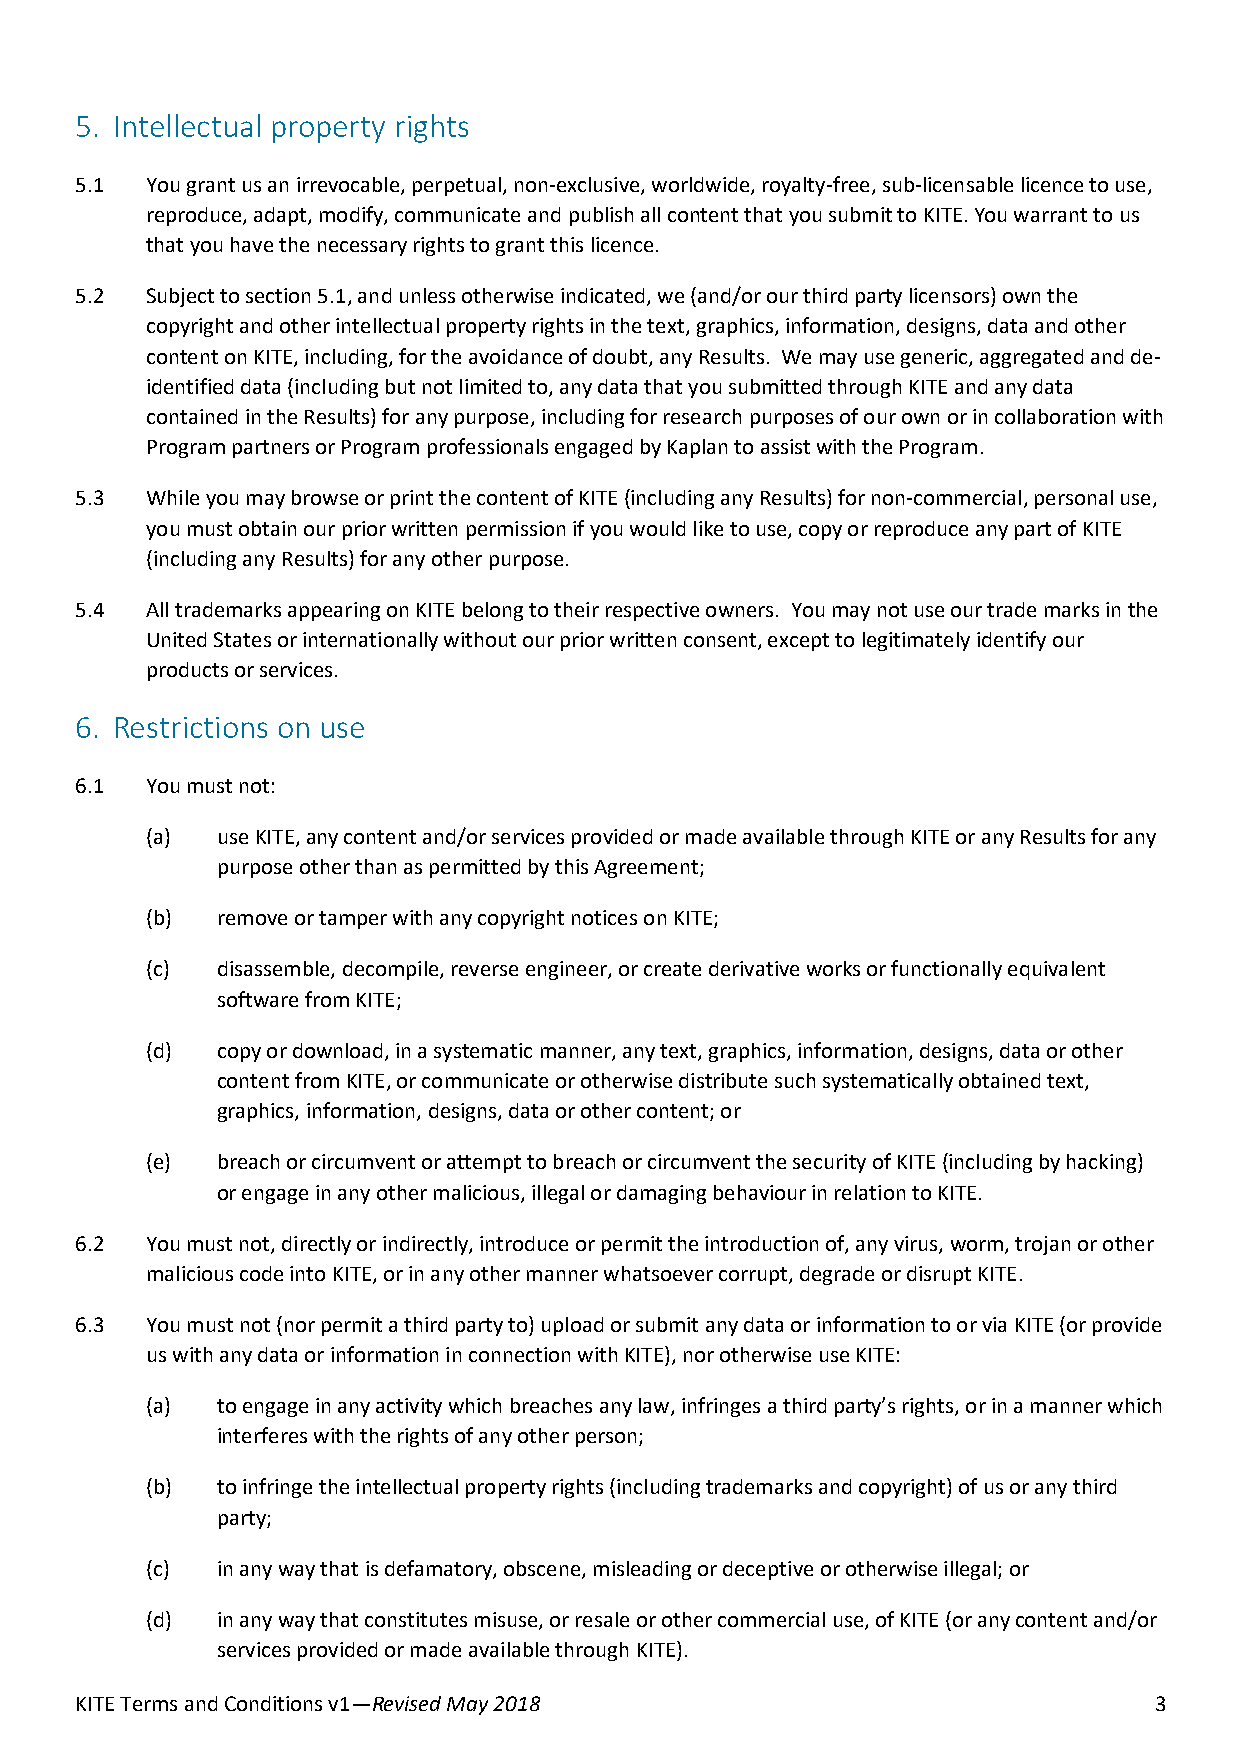
5. Intellectual property rights
 5.1  You grant us an irrevocable, perpetual, non-exclusive, worldwide, royalty-free, sub-licensable licence to use,
 reproduce, adapt, modify, communicate and publish all content that you submit to KITE. You warrant to us
 that you have the necessary rights to grant this licence.
 5.2  Subject to section 5.1, and unless otherwise indicated, we (and/or our third party licensors) own the
 copyright and other intellectual property rights in the text, graphics, information, designs, data and other
 content on KITE, including, for the avoidance of doubt, any Results. We may use generic, aggregated and de-
 identified data (including but not limited to, any data that you submitted through KITE and any data
 contained in the Results) for any purpose, including for research purposes of our own or in collaboration with
 Program partners or Program professionals engaged by Kaplan to assist with the Program.
 5.3  While you may browse or print the content of KITE (including any Results) for non-commercial, personal use,
 you must obtain our prior written permission if you would like to use, copy or reproduce any part of KITE
 (including any Results) for any other purpose.
 5.4  All trademarks appearing on KITE belong to their respective owners. You may not use our trade marks in the
 United States or internationally without our prior written consent, except to legitimately identify our
 products or services.
 6. Restrictions on use
 6.1  You must not:
 (a) use KITE, any content and/or services provided or made available through KITE or any Results for any
 purpose other than as permitted by this Agreement;
 (b) remove or tamper with any copyright notices on KITE;
 (c) disassemble, decompile, reverse engineer, or create derivative works or functionally equivalent
 software from KITE;
 (d) copy or download, in a systematic manner, any text, graphics, information, designs, data or other
 content from KITE, or communicate or otherwise distribute such systematically obtained text,
 graphics, information, designs, data or other content; or
 (e) breach or circumvent or attempt to breach or circumvent the security of KITE (including by hacking)
 or engage in any other malicious, illegal or damaging behaviour in relation to KITE.
 6.2  You must not, directly or indirectly, introduce or permit the introduction of, any virus, worm, trojan or other
 malicious code into KITE, or in any other manner whatsoever corrupt, degrade or disrupt KITE.
 6.3  You must not (nor permit a third party to) upload or submit any data or information to or via KITE (or provide
 us with any data or information in connection with KITE), nor otherwise use KITE:
 (a) to engage in any activity which breaches any law, infringes a third party’s rights, or in a manner which
 interferes with the rights of any other person;
 (b) to infringe the intellectual property rights (including trademarks and copyright) of us or any third
 party;
 (c) in any way that is defamatory, obscene, misleading or deceptive or otherwise illegal; or
 (d) in any way that constitutes misuse, or resale or other commercial use, of KITE (or any content and/or
 services provided or made available through KITE).
 KITE Terms and Conditions v1—Revised May 2018                          3